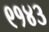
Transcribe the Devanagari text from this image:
९१४३